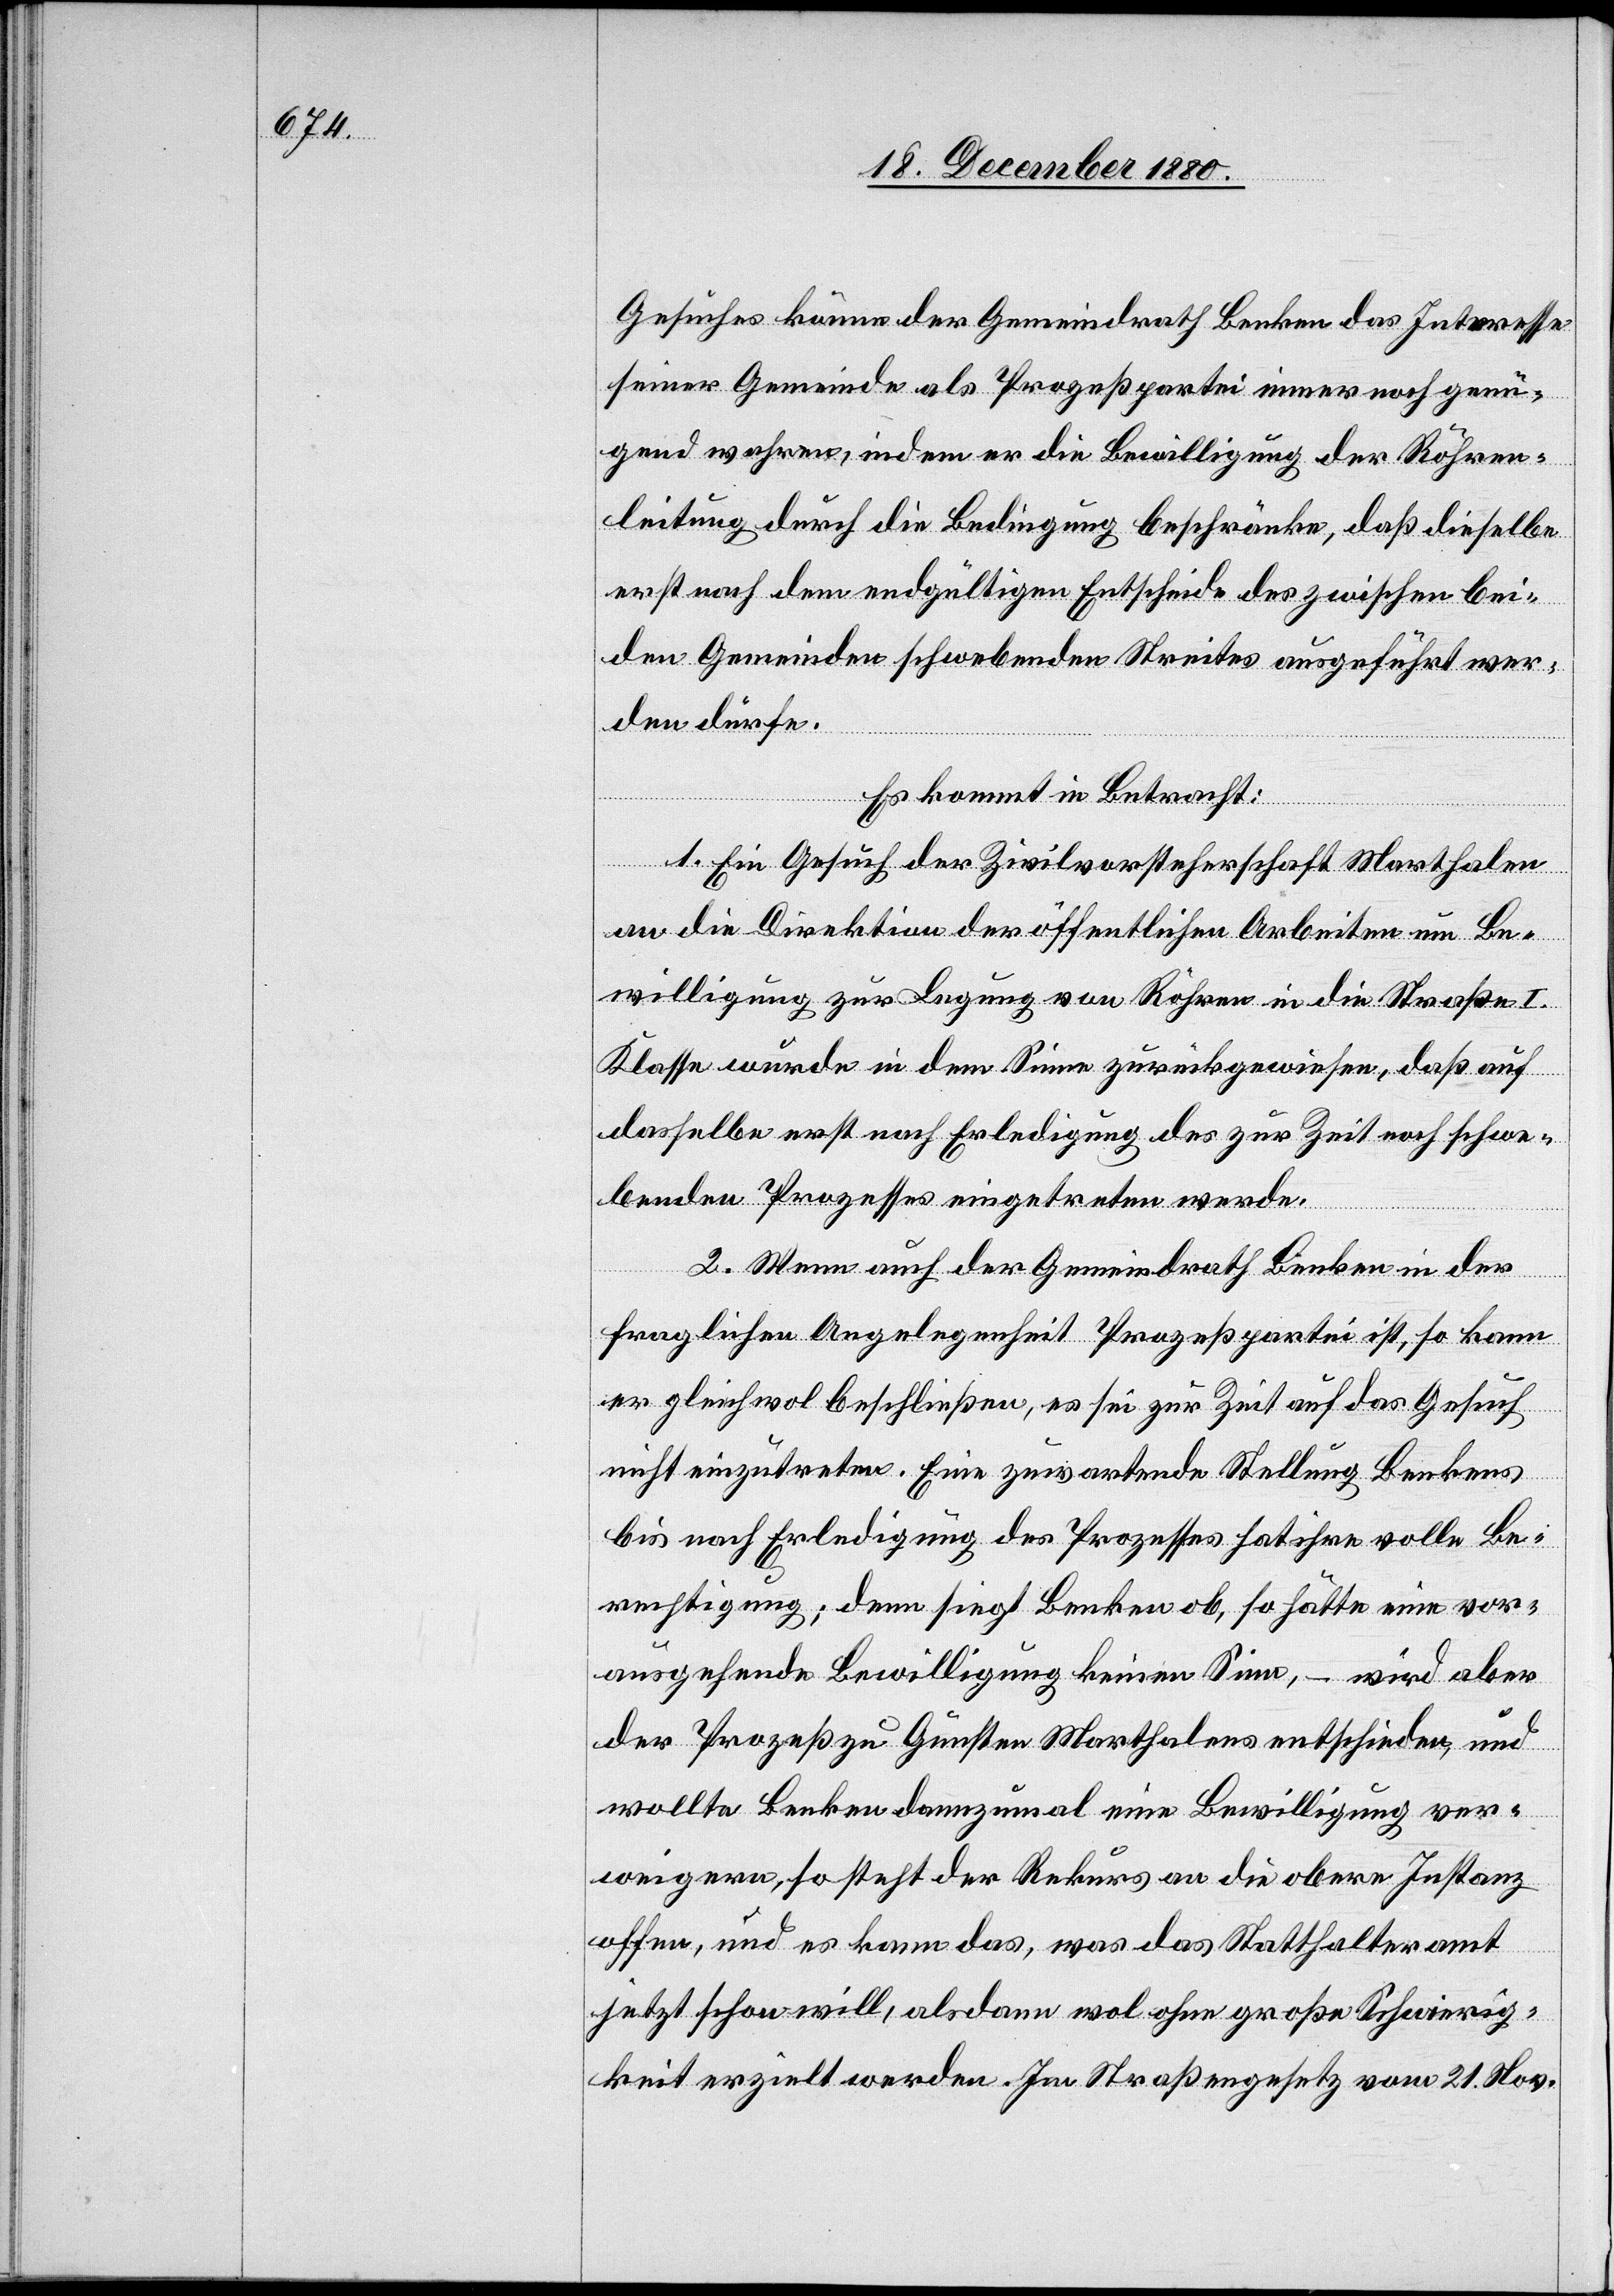
Gesuches könne der Gemeindrath Benken das Interesse
seiner Gemeinde als Prozeßpartei immer noch genü¬
gend wahren, indem er die Bewilligung der Röhren¬
leitung durch die Bedingung beschränke, daß dieselbe
erst nach dem endgültigen Entscheide des zwischen bei¬
den Gemeinden schwebenden Streites ausgeführt wer¬
den dürfe.
Es kommt in Betracht:
1. Ein Gesuch der Zivilvorsteherschaft Marthalen
an die Direktion der öffentlichen Arbeiten um Be¬
willigung zur Legung von Röhren in die Straße I.
Klasse wurde in dem Sinne zurückgewiesen, daß auf
dasselbe erst nach Erledigung des zur Zeit noch schwe¬
benden Prozesses eingetreten werde.
2. Wenn auch der Gemeindrath Benken in der
fraglichen Angelegenheit Prozeßpartei ist, so kann
er gleichwol beschließen, es sei zur Zeit auf das Gesuch
nicht einzutreten. Eine zuwartende Stellung Benkens
bis nach Erledigung des Prozesses hat ihre volle Be¬
rechtigung; denn siegt Benken ob, so hätte eine vor¬
ausgehende Bewilligung keinen Sinn, – wird aber
der Prozeß zu Gunsten Marthalens entschieden, und
wollte Benken dannzumal eine Bewilligung ver¬
weigern, so steht der Rekurs an die obere Instanz
offen, und es kann das, was das Statthalteramt
jetzt schon will, alsdann wol ohne große Schwierig¬
keit erzielt werden. Im Straßengesetz vom 21. Nov.